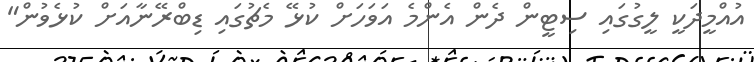
އުއްމީދަކީ ލީގުގައި ސިޓީން ދެން އެންމެ އަވަހަށް ކުޅޭ މެޗުގައި ޑިބްރޭނާއަށް ކުޅެވުން"